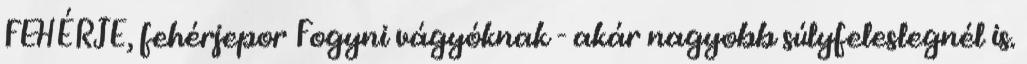
FEHÉRJE, fehérjepor Fogyni vágyóknak - akár nagyobb súlyfeleslegnél is.